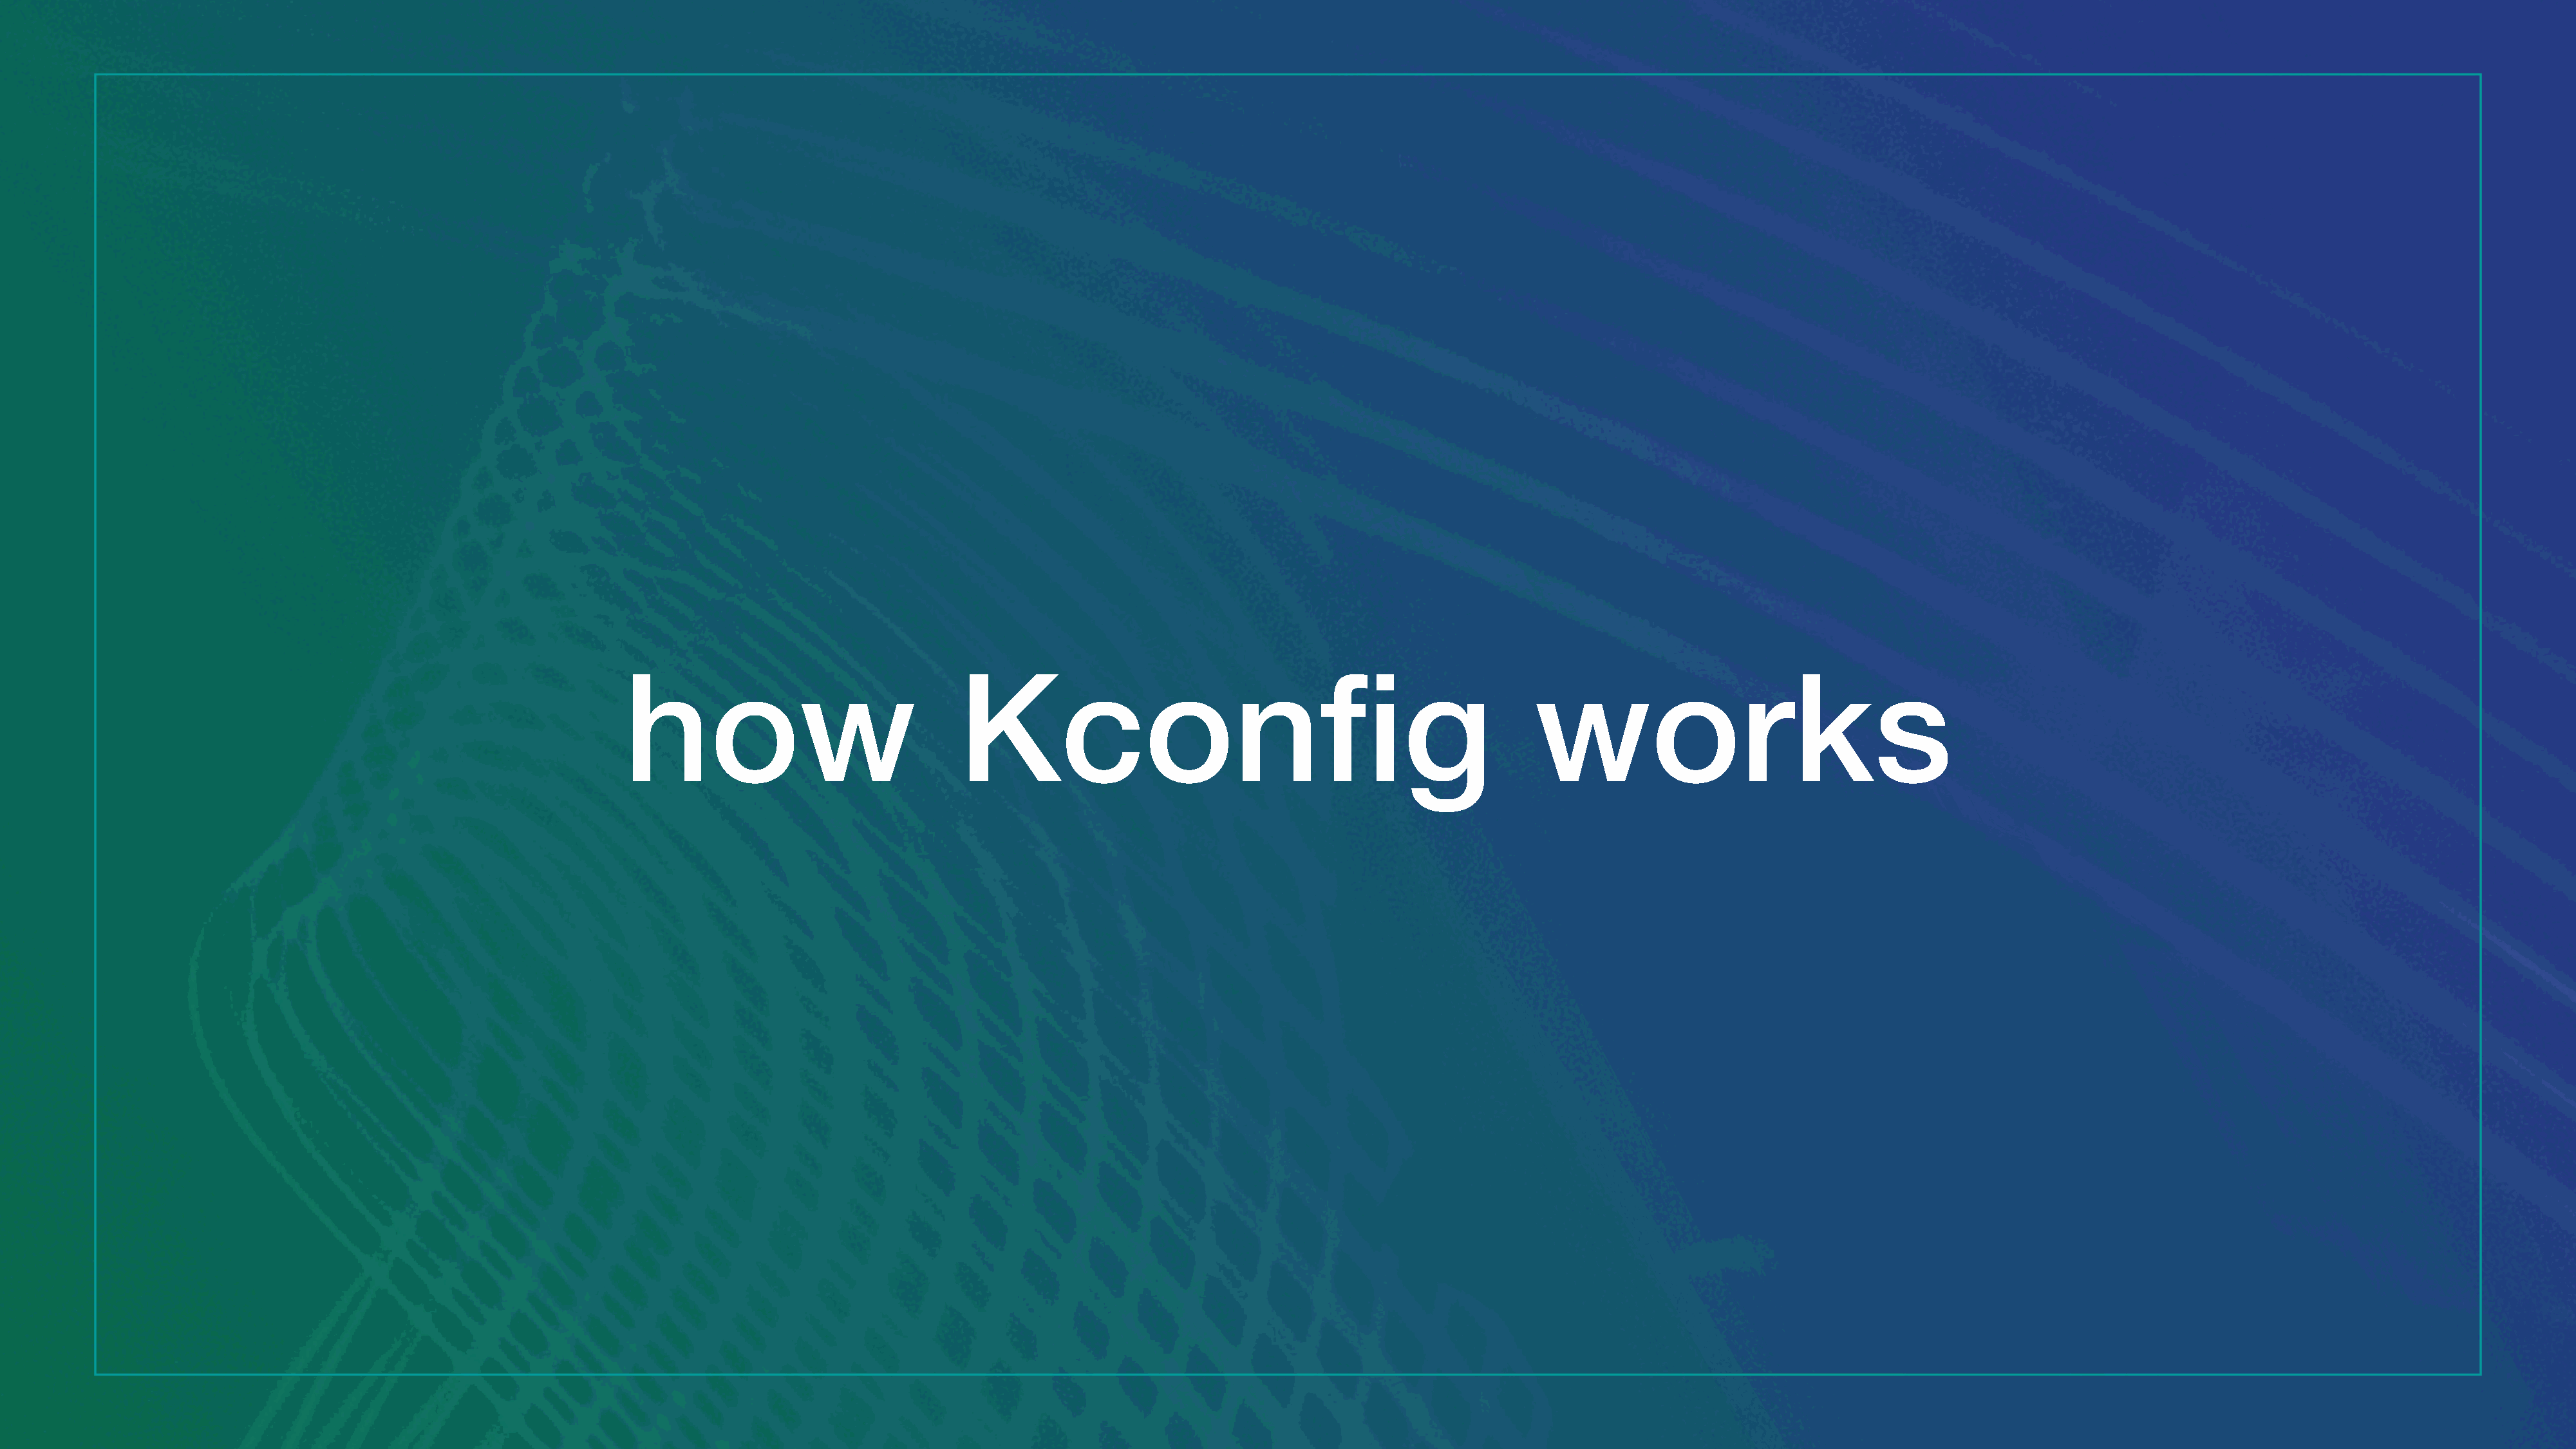
how                               Kconfig                                                     works